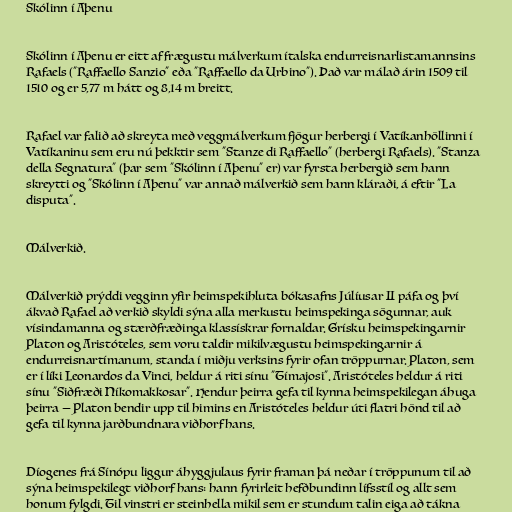
Skólinn í Aþenu

Skólinn í Aþenu er eitt af frægustu málverkum ítalska endurreisnarlistamannsins
Rafaels ("Raffaello Sanzio" eða "Raffaello da Urbino"). Það var málað árin 1509 til
1510 og er 5,77 m hátt og 8,14 m breitt.

Rafael var falið að skreyta með veggmálverkum fjögur herbergi í Vatíkanhöllinni í
Vatíkaninu sem eru nú þekktir sem "Stanze di Raffaello" (herbergi Rafaels). "Stanza
della Segnatura" (þar sem "Skólinn í Aþenu" er) var fyrsta herbergið sem hann
skreytti og "Skólinn í Aþenu" var annað málverkið sem hann kláraði, á eftir "La
disputa".

Málverkið.

Málverkið prýddi vegginn yfir heimspekihluta bókasafns Júlíusar II páfa og því
ákvað Rafael að verkið skyldi sýna alla merkustu heimspekinga sögunnar, auk
vísindamanna og stærðfræðinga klassískrar fornaldar. Grísku heimspekingarnir
Platon og Aristóteles, sem voru taldir mikilvægustu heimspekingarnir á
endurreisnartímanum, standa í miðju verksins fyrir ofan tröppurnar. Platon, sem
er í líki Leonardos da Vinci, heldur á riti sínu "Tímajosi". Aristóteles heldur á riti
sínu "Siðfræði Níkomakkosar". Hendur þeirra gefa til kynna heimspekilegan áhuga
þeirra — Platon bendir upp til himins en Aristóteles heldur úti flatri hönd til að
gefa til kynna jarðbundnara viðhorf hans.

Díogenes frá Sínópu liggur áhyggjulaus fyrir framan þá neðar í tröppunum til að
sýna heimspekilegt viðhorf hans: hann fyrirleit hefðbundinn lífsstíl og allt sem
honum fylgdi. Til vinstri er steinhella mikil sem er stundum talin eiga að tákna